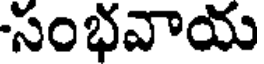
సంభవాయ